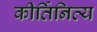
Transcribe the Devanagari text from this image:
कीर्तिनित्य